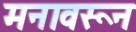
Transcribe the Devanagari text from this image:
मनावरून